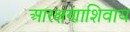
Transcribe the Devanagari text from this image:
आरक्षणाशिवाय